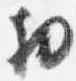
物